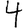
Digit: 4